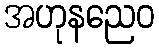
အဟုနညေဝ